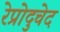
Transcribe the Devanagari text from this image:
रेप्रोदुचेद